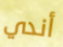
أندي